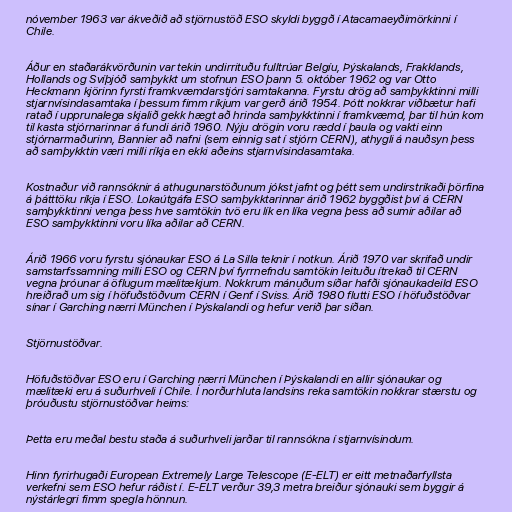
nóvember 1963 var ákveðið að stjörnustöð ESO skyldi byggð í Atacamaeyðimörkinni í
Chile.

Áður en staðarákvörðunin var tekin undirrituðu fulltrúar Belgíu, Þýskalands, Frakklands,
Hollands og Svíþjóð samþykkt um stofnun ESO þann 5. október 1962 og var Otto
Heckmann kjörinn fyrsti framkvæmdarstjóri samtakanna. Fyrstu drög að samþykktinni milli
stjarnvísindasamtaka í þessum fimm ríkjum var gerð árið 1954. Þótt nokkrar viðbætur hafi
ratað í upprunalega skjalið gekk hægt að hrinda samþykktinni í framkvæmd, þar til hún kom
til kasta stjórnarinnar á fundi árið 1960. Nýju drögin voru rædd í þaula og vakti einn
stjórnarmaðurinn, Bannier að nafni (sem einnig sat í stjórn CERN), athygli á nauðsyn þess
að samþykktin væri milli ríkja en ekki aðeins stjarnvísindasamtaka.

Kostnaður við rannsóknir á athugunarstöðunum jókst jafnt og þétt sem undirstrikaði þörfina
á þátttöku ríkja í ESO. Lokaútgáfa ESO samþykktarinnar árið 1962 byggðist því á CERN
samþykktinni venga þess hve samtökin tvö eru lík en líka vegna þess að sumir aðilar að
ESO samþykktinni voru líka aðilar að CERN.

Árið 1966 voru fyrstu sjónaukar ESO á La Silla teknir í notkun. Árið 1970 var skrifað undir
samstarfssamning milli ESO og CERN því fyrrnefndu samtökin leituðu ítrekað til CERN
vegna þróunar á öflugum mælitækjum. Nokkrum mánuðum síðar hafði sjónaukadeild ESO
hreiðrað um sig í höfuðstöðvum CERN í Genf í Sviss. Árið 1980 flutti ESO í höfuðstöðvar
sínar í Garching nærri München í Þýskalandi og hefur verið þar síðan.

Stjörnustöðvar.

Höfuðstöðvar ESO eru í Garching nærri München í Þýskalandi en allir sjónaukar og
mælitæki eru á suðurhveli í Chile. Í norðurhluta landsins reka samtökin nokkrar stærstu og
þróuðustu stjörnustöðvar heims:

Þetta eru meðal bestu staða á suðurhveli jarðar til rannsókna í stjarnvísindum.

Hinn fyrirhugaði European Extremely Large Telescope (E-ELT) er eitt metnaðarfyllsta
verkefni sem ESO hefur ráðist í. E-ELT verður 39,3 metra breiður sjónauki sem byggir á
nýstárlegri fimm spegla hönnun.